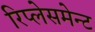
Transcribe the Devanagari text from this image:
रिप्लेसमेन्ट